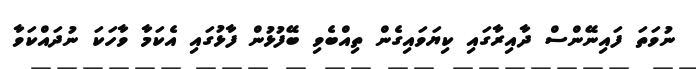
ނުވަތަ ފައިނޭންސް ދާއިރާގައި ކިޔަވައިގެން ތިއްބެވި ބޭފުޅުން ފާޅުގައި އެކަމާ ވާހަކަ ނުދައްކަވާ